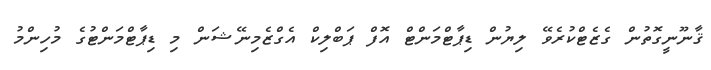
ޤާނޫނީގޮތުން ގެޒެޓްކުރެވޭ ލިޔުން ޑިޕާޓްމަންޓް އޮފް ޕަބްލިކް އެގްޒެމިނޭޝަން މި ޑިޕާޓްމަންޓުގެ މުހިންމު